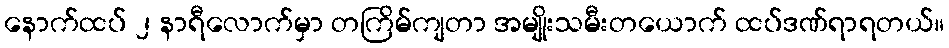
နောက်ထပ် ၂ နာရီလောက်မှာ တကြိမ်ကျတာ အမျိုးသမီးတယောက် ထပ်ဒဏ်ရာရတယ်။